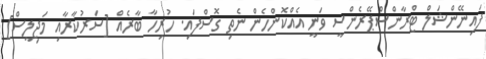
ފައިނޭންޝަލް ޓްރާންސްޕޭރެންސީ ވަނީ އެއްކޮންހެން ނެތި ގޮސްފައި. ހުރިހާ ބާރެއް [ސަރުކާރާއި މަޖިލީސް]